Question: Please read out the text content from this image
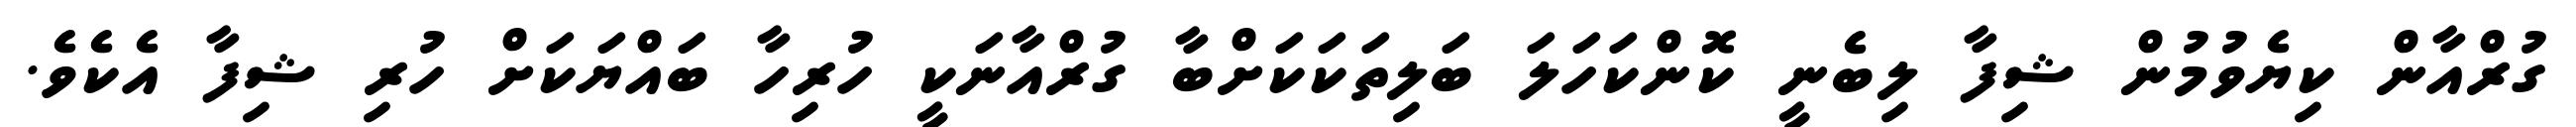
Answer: ގުރްއާން ކިޔެވުމުން ޝިފާ ލިބެނީ ކޮންކަހަލަ ބަލިތަކަކަށްބާ ގުރްއާނަކީ ހުރިހާ ބައްޔަކަށް ހުރި ޝިފާ އެކެވެ.